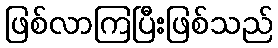
ဖြစ်လာကြပြီးဖြစ်သည်